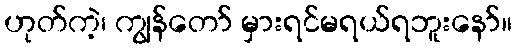
ဟုတ်ကဲ့၊ ကျွန်တော် မှားရင်မရယ်ရဘူးနော်။